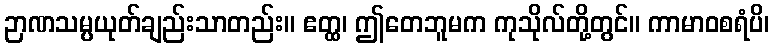
ဉာဏသမ္ပယုတ်ချည်းသာတည်း။ ဧတ္ထ၊ ဤတေဘူမက ကုသိုလ်တို့တွင်။ ကာမာဝစရံပိ၊